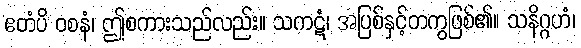
ဧတံပိ ဝစနံ၊ ဤစကားသည်လည်း။ သကဋံ၊ အပြစ်နှင့်တကွဖြစ်၏။ သနိဂ္ဂဟံ၊